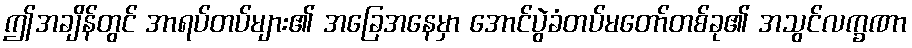
ဤအချိန်တွင် အာရပ်တပ်များ၏ အခြေအနေမှာ အောင်ပွဲခံတပ်မတော်တစ်ခု၏ အသွင်လက္ခဏာ